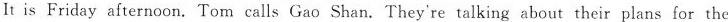
It is Friday afternoon.Tom calls Gao Shan. They're talking about their plans for the